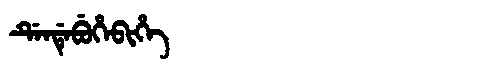
Manchu: ᡩᡝᠨᡩᡝᠪᡠᡥᡝᠪᡳᡥᡝ
Romanization: DENDEBUHEBIHE